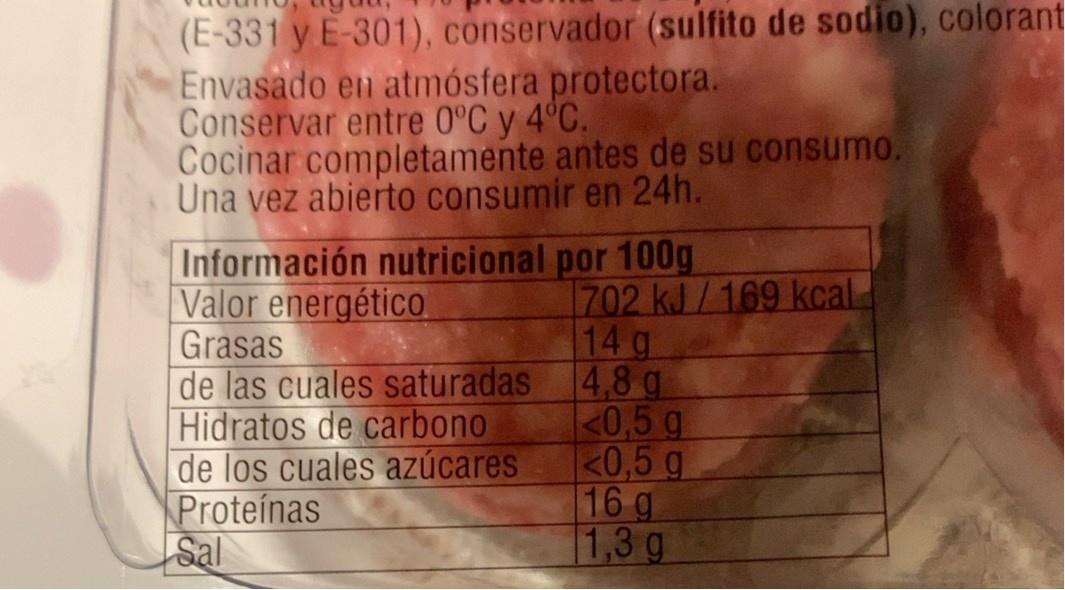
(E-331 y E-301), conservador (sulfito de sodio), colorant Envasado en atmósfera protectora. Conservar entre 0°C y 4°C. Cocinar completamente antes de su consumo. Una vez abierto consumir en 24h.
Información nutricional por 100g Valor energétic0 Grasas de las cuales saturadas Hidratos de carbono de los cuales azúcares Proteínas Sal
702 kJ/169 kcal 14 g 4,8g <0,5 g 0,5 g 16g 1,3 g